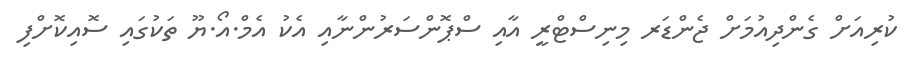
ކުރިއަށް ގެންދިއުމަށް ޖެންޑަރ މިނިސްޓްރީ އާއި ސްޕޮންސަރުންނާއި އެކު އެމް.އޯ.ޔޫ ތަކުގައި ސޮއިކޮށްފި